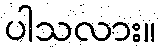
ပါသလား။